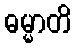
ဓမ္မာတိ